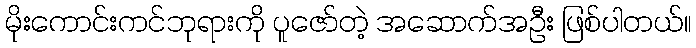
မိုးကောင်းကင်ဘုရားကို ပူဇော်တဲ့ အဆောက်အဦး ဖြစ်ပါတယ်။